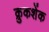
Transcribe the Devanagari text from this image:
क्रुकशेंक